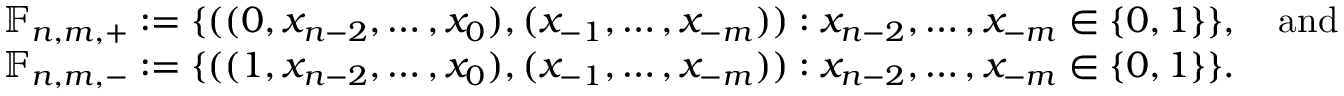
\begin{array} { r l } & { \mathbb { F } _ { n , m , + } : = \{ ( ( 0 , x _ { n - 2 } , \ldots , x _ { 0 } ) , ( x _ { - 1 } , \ldots , x _ { - m } ) ) : x _ { n - 2 } , \ldots , x _ { - m } \in \{ 0 , 1 \} \} , \quad \mathrm { a n d } } \\ & { \mathbb { F } _ { n , m , - } : = \{ ( ( 1 , x _ { n - 2 } , \ldots , x _ { 0 } ) , ( x _ { - 1 } , \ldots , x _ { - m } ) ) : x _ { n - 2 } , \ldots , x _ { - m } \in \{ 0 , 1 \} \} . } \end{array}